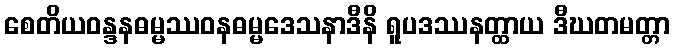
စေတိယဝန္ဒနဓမ္မဿဝနဓမ္မဒေသနာဒီနိ ရူပဒဿနတ္ထာယ ဒီဃတမတ္တာ